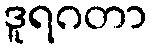
ဒူရဂတာ